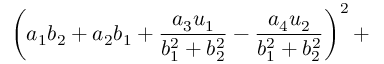
\left( a _ { 1 } b _ { 2 } + a _ { 2 } b _ { 1 } + { \frac { a _ { 3 } u _ { 1 } } { b _ { 1 } ^ { 2 } + b _ { 2 } ^ { 2 } } } - { \frac { a _ { 4 } u _ { 2 } } { b _ { 1 } ^ { 2 } + b _ { 2 } ^ { 2 } } } \right) ^ { 2 } +